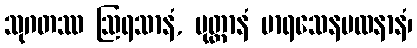
သုဂတဿ ဩရသာနံ, ပုတ္တာနံ မာရသေနမထနာနံ၊